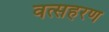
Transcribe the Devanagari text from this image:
वत्सहरण